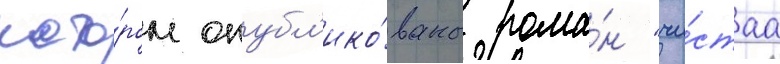
кото́ром опубл'ико́ваны рома́н "чи́стаа